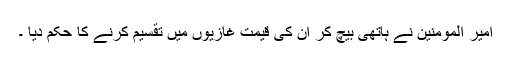
امیر المومنین نے ہاتھی بیچ کر ان کی قیمت غازیوں میں تقسیم کرنے کا حکم دیا ۔